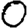
Digit: 0